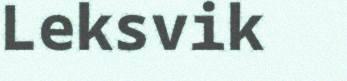
Leksvik